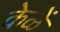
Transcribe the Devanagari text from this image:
केळें